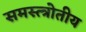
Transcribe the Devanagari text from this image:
समस्त्त्रोतीय